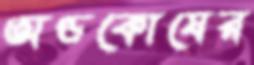
অণ্ডকোষের